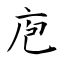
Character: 庖